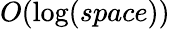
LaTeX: O(\log(space))